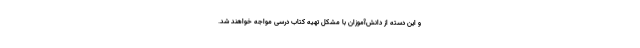
و این دسته از دانش‌آموزان با مشکل تهیه کتاب درسی مواجه خواهند شد.